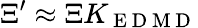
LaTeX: \Xi^{\prime}\approx\Xi K_{\mathrm{~E~D~M~D~}}